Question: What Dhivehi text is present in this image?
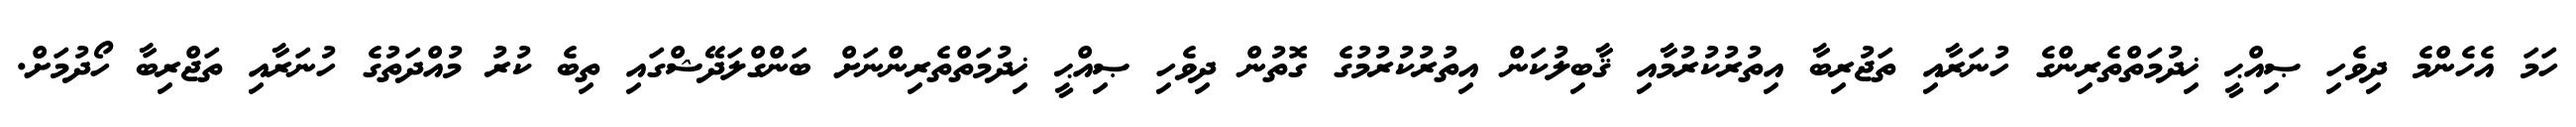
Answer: ހަމަ އެހެންމެ ދިވެހި ޞިއްޙީ ޚިދުމަތްތެރިންގެ ހުނަރާއި ތަޖުރިބާ އިތުރުކުރުމާއި ޤާބިލުކަން އިތުރުކުރުމުގެ ގޮތުން ދިވެހި ޞިއްޙީ ޚިދުމަތްތެރިންނަށް ބަންގްލަދޭޝްގައި ތިބެ ކުރު މުއްދަތުގެ ހުނަރާއި ތަޖްރިބާ ހޯދުމަށް.